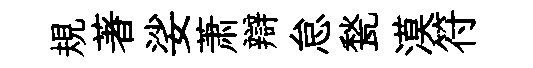
規著娑萧辯怠甃漠符